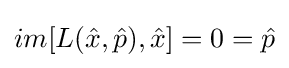
im[L({\hat {x}},{\hat {p}}),{\hat {x}}]=0={\hat {p}}